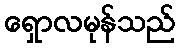
ရှောလမုန်သည်